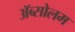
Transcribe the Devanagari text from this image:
अॅब्सोलम